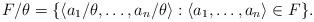
LaTeX: \begin{align*}F/\theta=\{\langle a_{1}/\theta,\dots,a_{n}/\theta\rangle : \langle a_{1},\dots,a_{n}\rangle\in F\}.\end{align*}